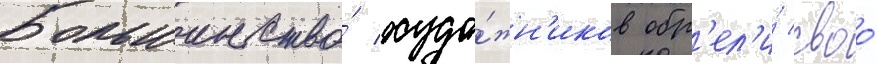
Большинство́ худо́жн'иков обр'ел'и́ своо́